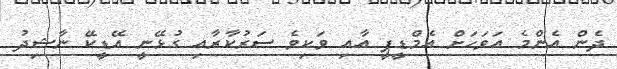
ދެން އެންމެ އަވަހަށް އެމްޑީޕީ އާއި ވަކިވެ ސަރުކާރާއި ގުޅޭނީ އޭޑީކޭ ނާޝިދު